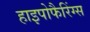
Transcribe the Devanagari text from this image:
हाइपोफैरिंग्स